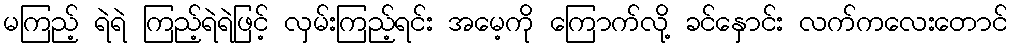
မကြည့် ရဲရဲ ကြည့်ရဲရဲဖြင့် လှမ်းကြည့်ရင်း အမေ့ကို ကြောက်လို့ ခင်နှောင်း လက်ကလေးတောင်